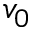
v _ { 0 }